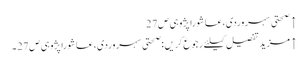
↑ صحتی سہروردی،عاشورا پژوہی ص27
↑ مزید تفصیل کیلئے رجوع کریں :صحتی سہروردی،عاشورا پژوہی ص27 ۔